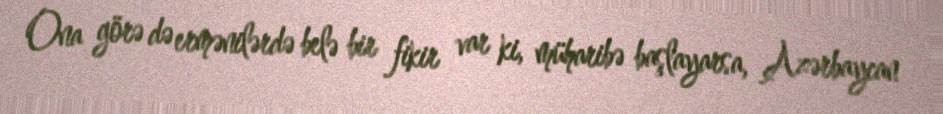
Ona görə də ermənilərdə belə bir fikir var ki, müharibə başlayarsa, Azərbaycan